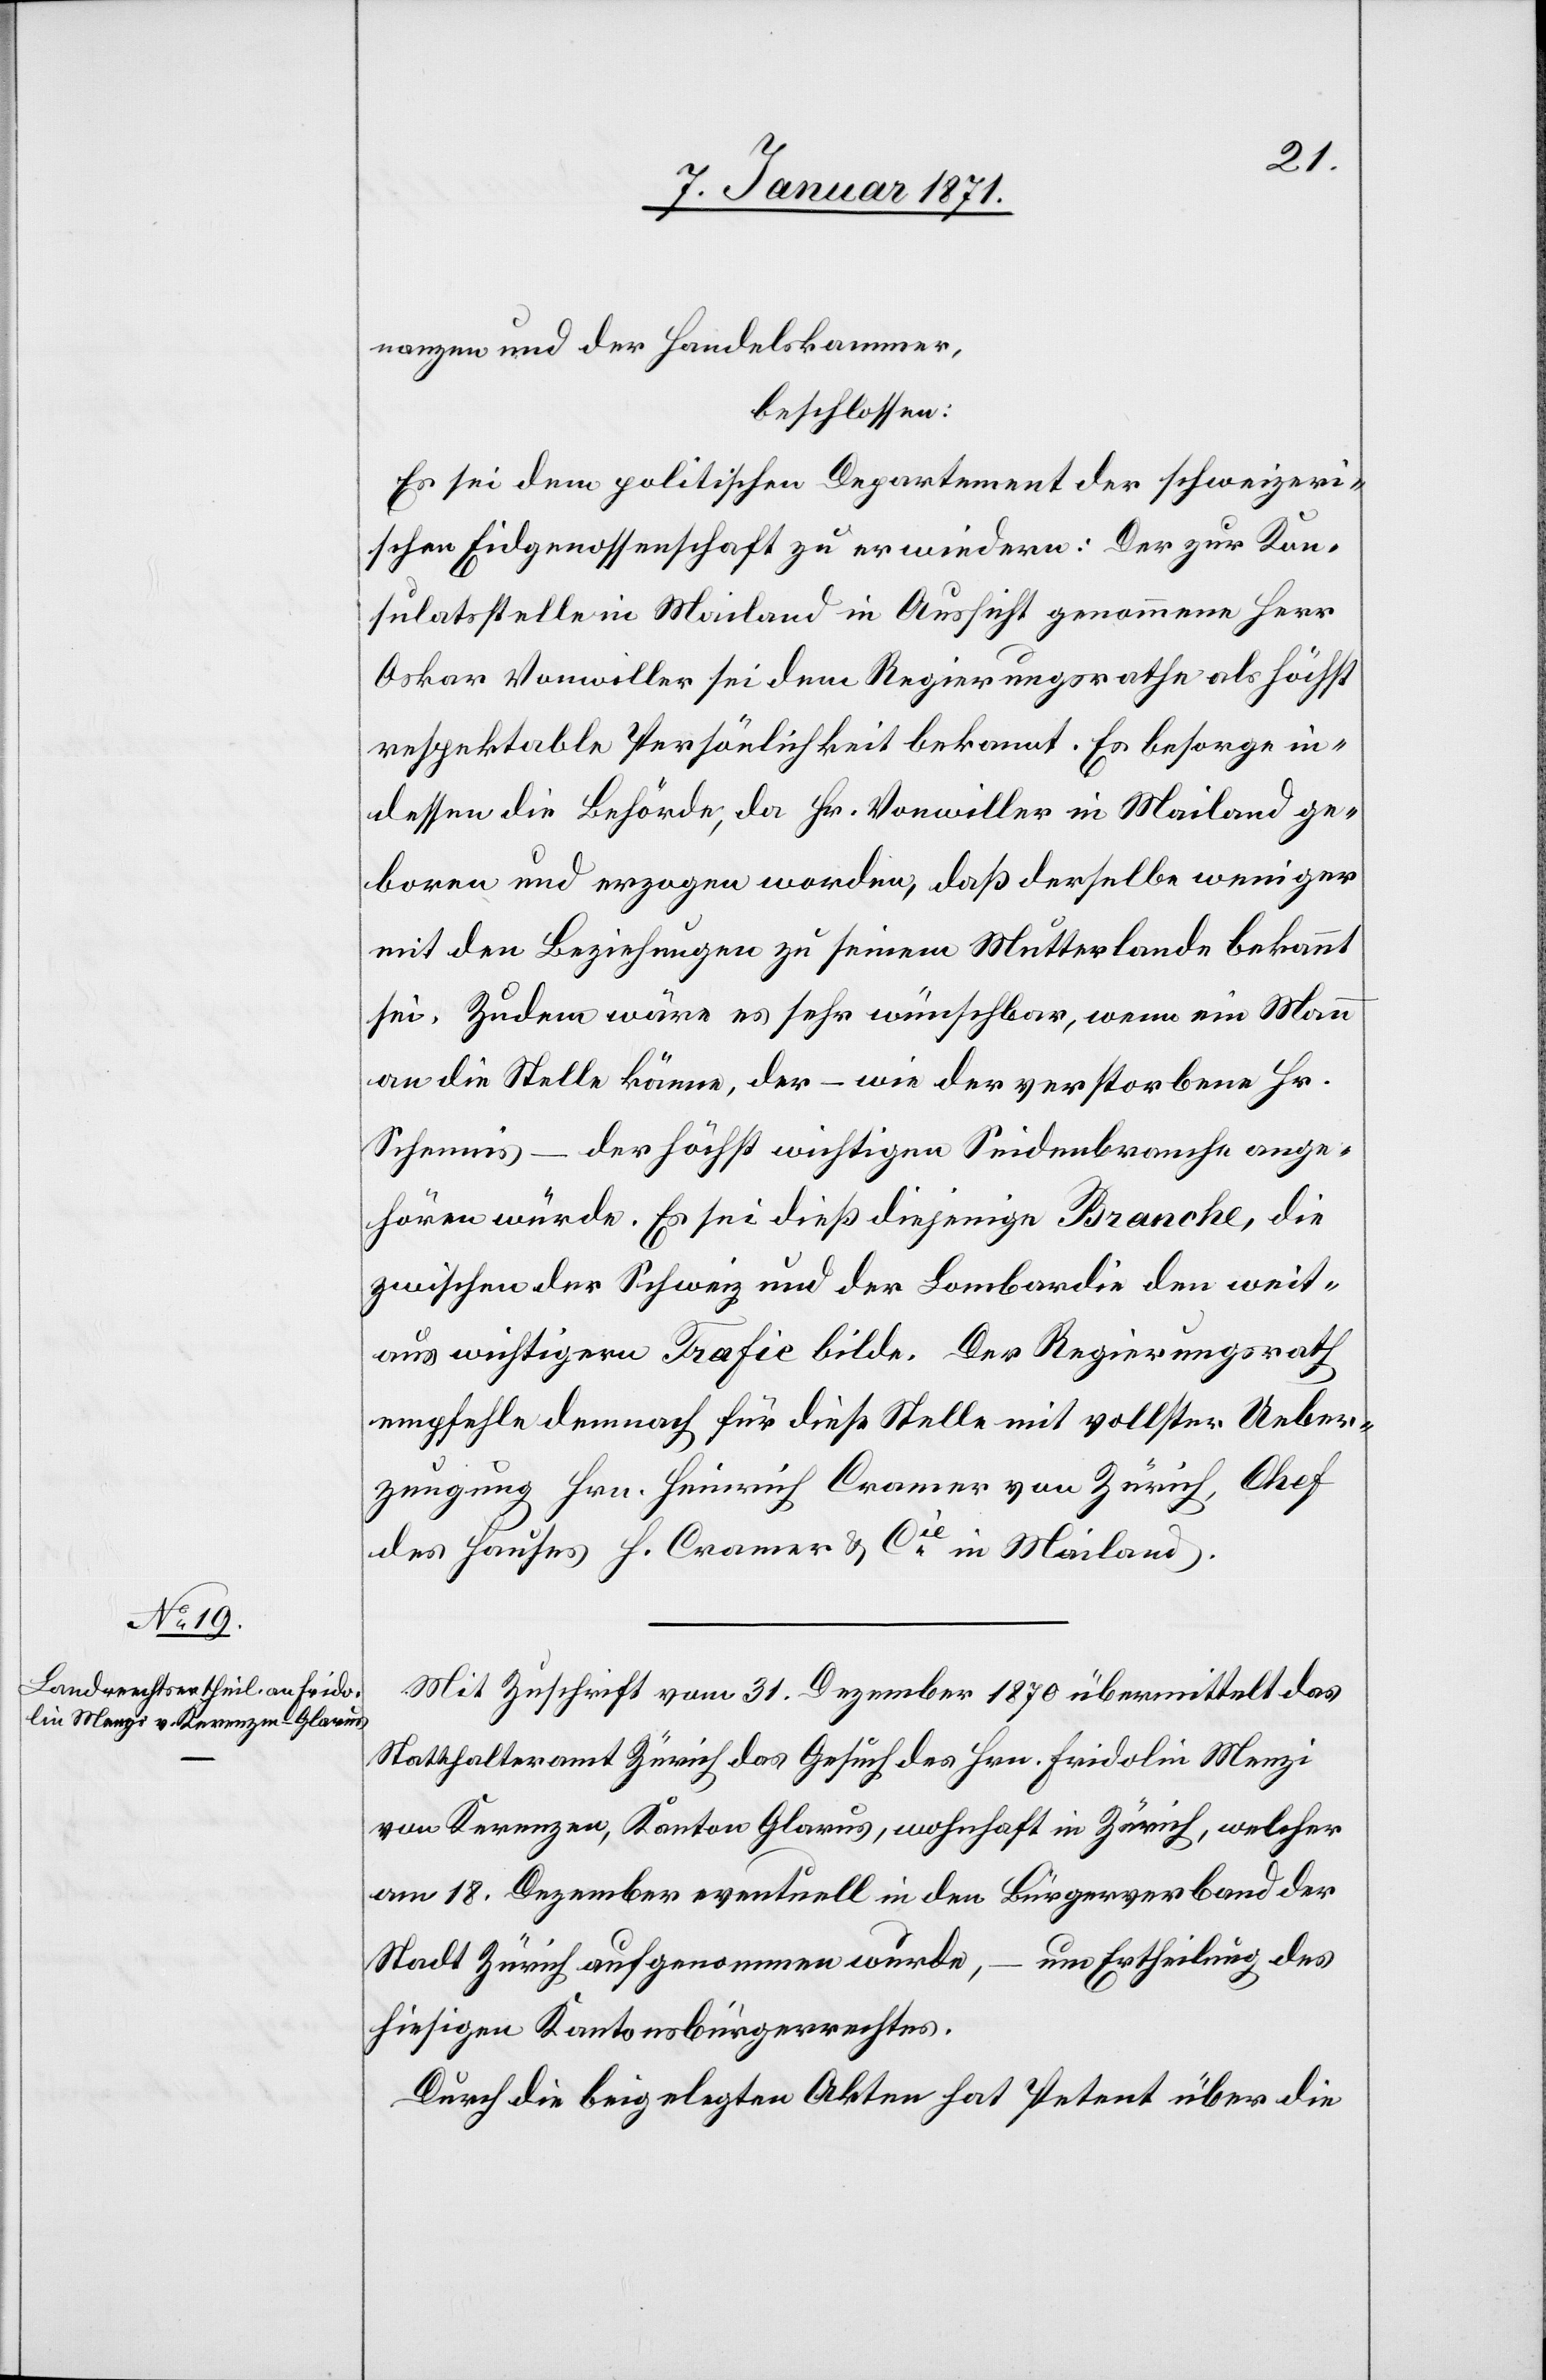
nanzen und der Handelskammer,
beschlossen:
Es sei dem politischen Departement der schweizeri¬
schen Eidgenossenschaft zu erwiedern: Der zur Kon¬
sulatsstelle in Mailand in Aussicht genommene Hr.
Oskar Vonwiller sei dem Regierungsrathe als höchst
respektable Persönlichkeit bekannt. Es besorge in¬
dessen die Behörde, da Hr. Vonwiller in Mailand ge¬
boren und erzogen worden, daß derselbe weniger
mit den Beziehungen zu seinem Mutterlande bekannt
sei. Zudem wäre es sehr wünschbar, wenn ein Mann
an die Stelle käme, der – wie der verstorbene Herr
Schennis – der höchst wichtigen Seidenbranche ange¬
hören würde. Es sei dieß diejenige Branche, die
zwischen der Schweiz und der Lombardie den weit¬
aus wichtigern Trafic bilde. Der Regierungsrath
empfehle demnach für diese Stelle mit vollster Ueber¬
zeugung Hrn. Heinrich Cramer von Zürich, Chef
des Hauses H. Cramer & Cie in Mailand.
Mit Zuschrift vom 31. Dezember übermittelt das
Statthalteramt Zürich das Gesuch des Hrn. Fridolin Menzi
von Kerenzen, Kanton Glarus, wohnhaft in Zürich, welcher
am 18. Dezember eventuell in den Bürgerverband der
um Ertheilung des
Stadt Zürich aufgenommen wurde,
hiesigen Kantonsbürgerrechtes.
Durch die beigelegten Akten hat Petent über die